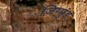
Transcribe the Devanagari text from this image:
जिग्मुंड